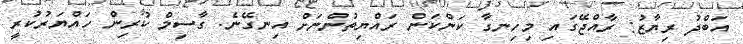
އަބްދު ރިޔާޒު: ރާއްޖޭގައި މިހިނގާ ކަންކަން ރައްޔިތުންނަށް އިނގޭނެ. ގާސިމް ކުރިން ހައްޔަރުކުރީ